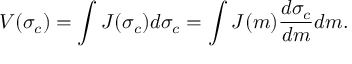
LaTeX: V ( \sigma _ { c } ) = \int J ( \sigma _ { c } ) d \sigma _ { c } = \int J ( m ) \frac { d \sigma _ { c } } { d m } d m .